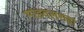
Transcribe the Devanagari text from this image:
भांडवलशहा